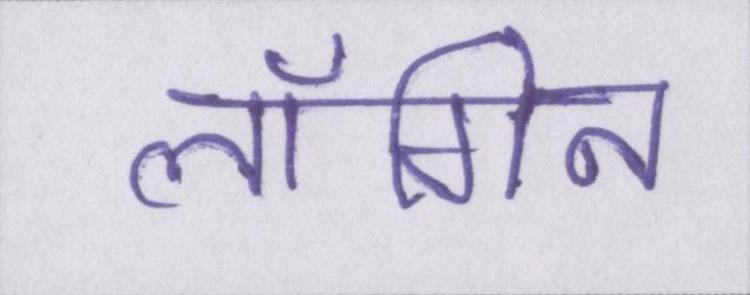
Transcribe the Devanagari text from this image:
लॉगिन